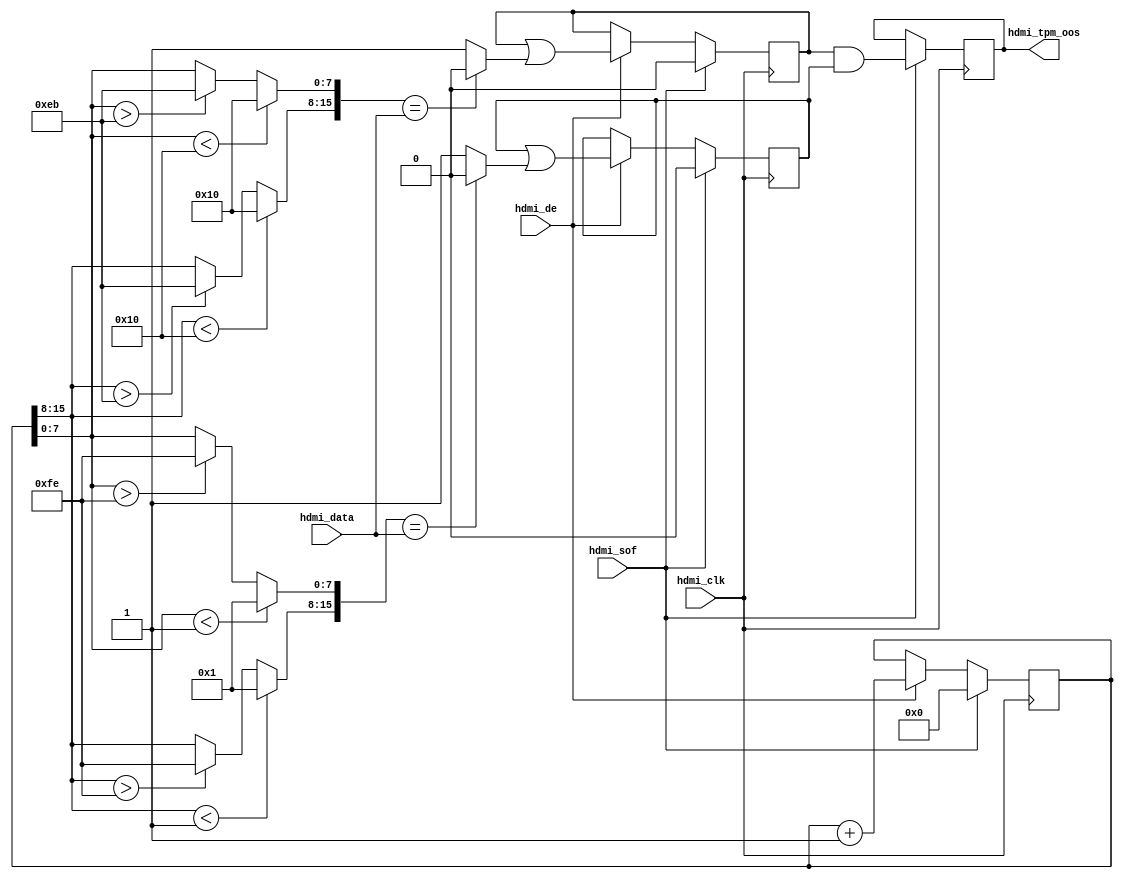
// ***************************************************************************
// ***************************************************************************
// Copyright 2014 - 2017 (c) Analog Devices, Inc. All rights reserved.
//
// In this HDL repository, there are many different and unique modules, consisting
// of various HDL (Verilog or VHDL) components. The individual modules are
// developed independently, and may be accompanied by separate and unique license
// terms.
//
// The user should read each of these license terms, and understand the
// freedoms and responsibilities that he or she has by using this source/core.
//
// This core is distributed in the hope that it will be useful, but WITHOUT ANY
// WARRANTY; without even the implied warranty of MERCHANTABILITY or FITNESS FOR
// A PARTICULAR PURPOSE.
//
// Redistribution and use of source or resulting binaries, with or without modification
// of this file, are permitted under one of the following two license terms:
//
//   1. The GNU General Public License version 2 as published by the
//      Free Software Foundation, which can be found in the top level directory
//      of this repository (LICENSE_GPL2), and also online at:
//      <https://www.gnu.org/licenses/old-licenses/gpl-2.0.html>
//
// OR
//
//   2. An ADI specific BSD license, which can be found in the top level directory
//      of this repository (LICENSE_ADIBSD), and also on-line at:
//      https://github.com/analogdevicesinc/hdl/blob/master/LICENSE_ADIBSD
//      This will allow to generate bit files and not release the source code,
//      as long as it attaches to an ADI device.
//
// ***************************************************************************
// ***************************************************************************

`timescale 1ns/100ps

module axi_hdmi_rx_tpm (
  input                   hdmi_clk,
  input                   hdmi_sof,
  input                   hdmi_de,
  input       [15:0]      hdmi_data,

  output  reg             hdmi_tpm_oos);

  wire    [15:0]  hdmi_tpm_lr_data_s;
  wire            hdmi_tpm_lr_mismatch_s;
  wire    [15:0]  hdmi_tpm_fr_data_s;
  wire            hdmi_tpm_fr_mismatch_s;

  reg     [15:0]  hdmi_tpm_data = 'd0;
  reg             hdmi_tpm_lr_mismatch = 'd0;
  reg             hdmi_tpm_fr_mismatch = 'd0;

  // Limited range
  assign hdmi_tpm_lr_data_s[15:8] = (hdmi_tpm_data[15:8] < 8'h10) ? 8'h10 :
    ((hdmi_tpm_data[15:8] > 8'heb) ? 8'heb : hdmi_tpm_data[15:8]);
  assign hdmi_tpm_lr_data_s[ 7:0] = (hdmi_tpm_data[ 7:0] < 8'h10) ? 8'h10 :
    ((hdmi_tpm_data[ 7:0] > 8'heb) ? 8'heb : hdmi_tpm_data[ 7:0]);
  assign hdmi_tpm_lr_mismatch_s = (hdmi_tpm_lr_data_s == hdmi_data) ? 1'b0 : 1'b1;

  // Full range
  assign hdmi_tpm_fr_data_s[15:8] = (hdmi_tpm_data[15:8] < 8'h01) ? 8'h01 :
    ((hdmi_tpm_data[15:8] > 8'hfe) ? 8'hfe : hdmi_tpm_data[15:8]);
  assign hdmi_tpm_fr_data_s[ 7:0] = (hdmi_tpm_data[ 7:0] < 8'h01) ? 8'h01 :
    ((hdmi_tpm_data[ 7:0] > 8'hfe) ? 8'hfe : hdmi_tpm_data[ 7:0]);
  assign hdmi_tpm_fr_mismatch_s = (hdmi_tpm_fr_data_s == hdmi_data) ? 1'b0 : 1'b1;

  always @(posedge hdmi_clk) begin
    if (hdmi_sof == 1'b1) begin
      hdmi_tpm_data <= 16'd0;
      hdmi_tpm_lr_mismatch <= 1'd0;
      hdmi_tpm_fr_mismatch <= 1'd0;
      hdmi_tpm_oos <= hdmi_tpm_lr_mismatch & hdmi_tpm_fr_mismatch;
    end else if (hdmi_de == 1'b1) begin
      hdmi_tpm_data <= hdmi_tpm_data + 1'b1;
      hdmi_tpm_lr_mismatch <= hdmi_tpm_lr_mismatch | hdmi_tpm_lr_mismatch_s;
      hdmi_tpm_fr_mismatch <= hdmi_tpm_fr_mismatch | hdmi_tpm_fr_mismatch_s;
    end
  end

endmodule